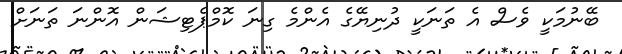
ބޭނުމަކީ ވެސް އެ ތަނަކީ ދުނިޔޭގެ އެންމެ ގިނަ ކޮމްޕެޓިޝަން އޮންނަ ތަނަށް